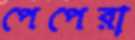
পেপেরা